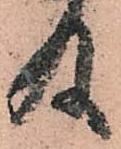
及